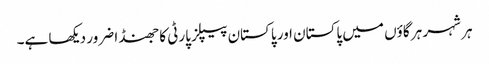
ہر شہر ہر گاؤں میں پاکستان اور پاکستان پیپلز پارٹی کا جھنڈا ضرور دیکھا ہے۔